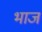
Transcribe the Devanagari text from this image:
भाज